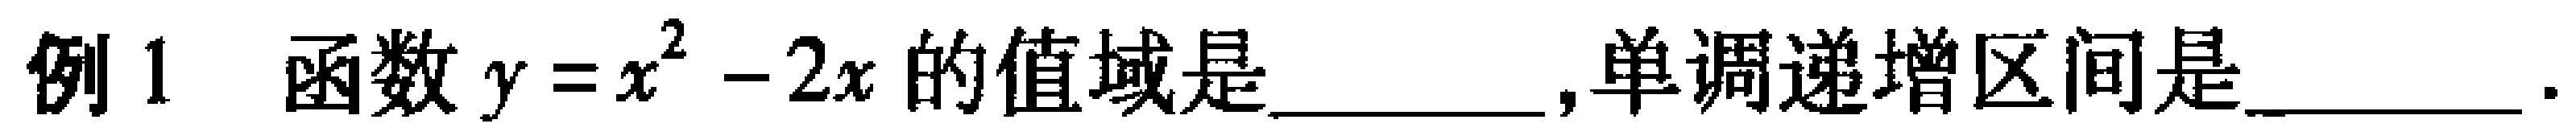
例1 函数\(y = x^{2}-2x\)的值域是________，单调递增区间是________.